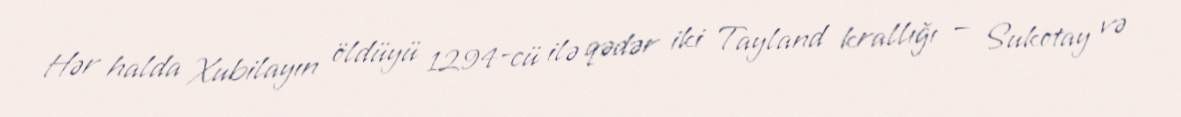
Hər halda Xubilayın öldüyü 1294-cü ilə qədər iki Tayland krallığı — Sukotay və